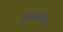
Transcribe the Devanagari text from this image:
एमार्फस